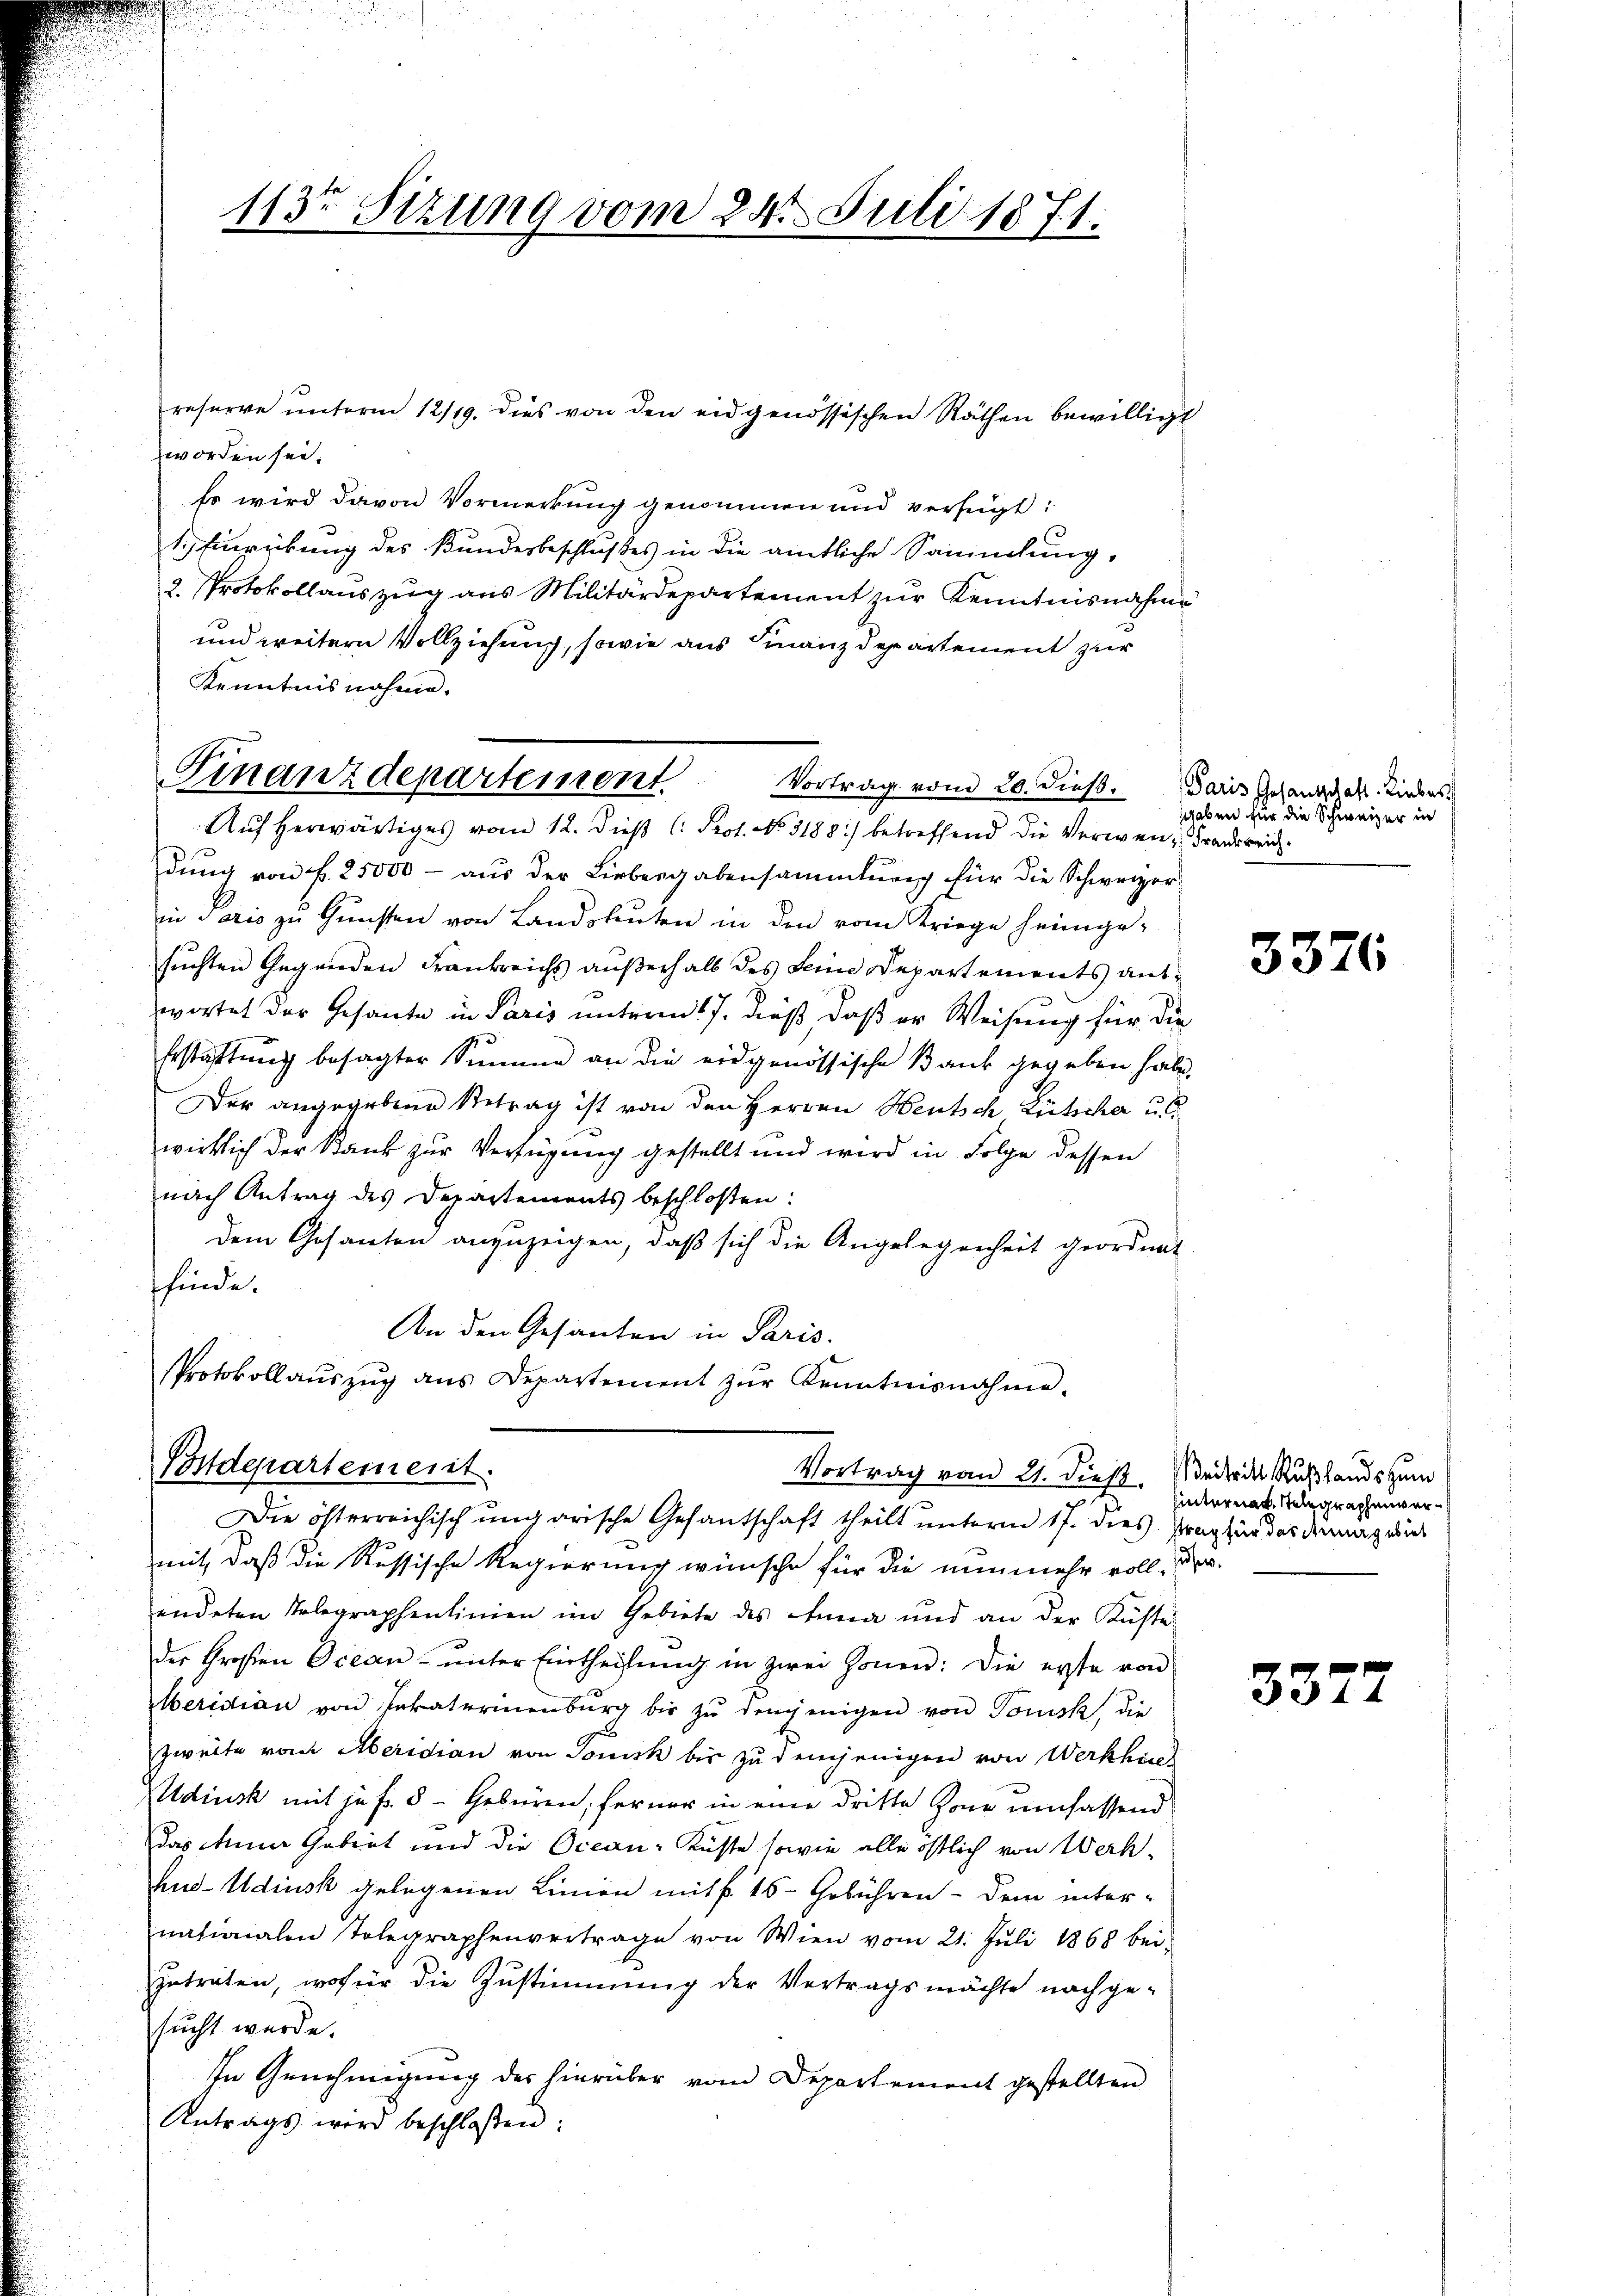
113ten Sizung vom 24. Juli 1871.

reserve ŭnterm 12/19. dies von den eidgenössischen Räthen bewilligt
worden sei.
Es wird davon Vormerkung genommen und verfügt:
1. Einrückung des Bundesbeschlußes in die amtliche Sammlung,
2. Protokollauszug aus Militärdepartement zur Kenntnisnahme
und weitern Vollziehung, sowie aus Finanzdepartement zur
Kenntnisnahme.
Auf herwärtiges vom 12. Dieß (: Prot. No. 3188) betreffend die Verwen-Franderrich
dung von L. 25000 – aus der Liebergabensammlung für die Schweizerin Paris zu Gunsten von Landsleuten in den vom Kriege heimge-
suchten Gegenden Frankreichs außerhalb des Seine Departements antwortet der Gesante in Paris unterm 17. dieß, daß er Weisung für die
Erstattung besagter Summe an die eidgenössische Bank gegeben habe,
Der angegebene Betrag ist von den Herren Heutsch Lütscher u.
wirklich der Bank zur Verfügung gestellt und wird in Folge dessen
nach Antrag des Departements beschloßen:
dem Gesanten anzuzeigen, daß sich die Angelegenheit geordnet
ffinde.
An den Gesanten in Paris.
sProtokollaŭszŭg ans Departement zŭr Kenntnisnahme.

Finanzdepartement. Vortrag vom 20. dieβ.

Postdepartement
Vortrag vom 21. dieß.
Die österreichisch ungarische Gesandtschaft theilt unterm 17. dies Praghür das dermagedies

Paris Gesandschaft. Liebes
shaben für die Schweizer in

mit, daß die Russische Regierung wünsche für die nunmehr voll-
endeten Telegraphenlinien im Gebiete des Anna und an der Küste
der Großen Ocean ŭnter Eintheilŭng in zwei Jonen: Die erste von
Meridian von Invaterinenburg bis zu denjenigen von Tonis, die
zweite von Meridian von Tonisk bis zu demjenigen von Werkhin
ldinsk mit je fr. 8 - Gebüren, ferner in eine dritte Zone umfassend
das Miner Gabert und die Ocean-Küsse sowie alle östlich von Werk-
hud Udiusk gelegenen Linien mit fr. 15 - Gebühren - dem internationalen Telegraphenvertrage von Wien vom 21. Jŭli 1868 bei-
zuträten, wofür die Zustimmung der Vertragsmächte nachgesucht werde.
In Genehmigung des hierüber vom Departement gestellten
Antrags wird beschloßen:

3376

Beitritt Rußlands zum
hinternat. Telegraphenveruse.

3372